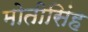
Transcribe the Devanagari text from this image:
मोतीसिंह